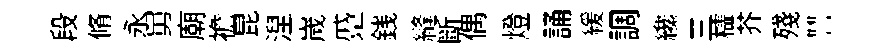
段脩永舅廟襜昆湼嵗蹙銭縫斷偶燈誦緩調纔三櫺芥殘讐